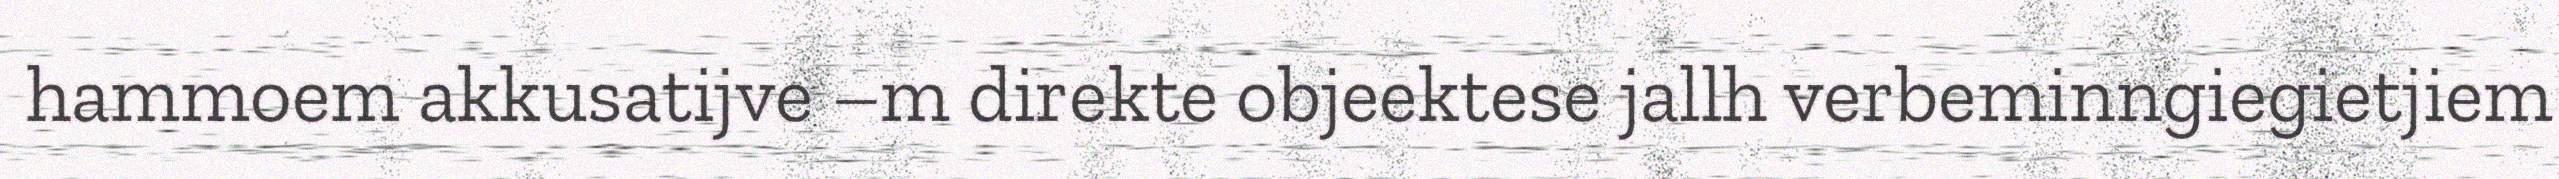
hammoem akkusatijve –m direkte objeektese jallh verbeminngiegietjiem